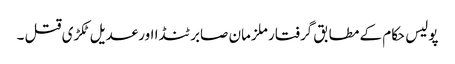
پولیس حکام کے مطابق گرفتار ملزمان صابر ٹنڈا اورعدیل ٹکڑی قتل ۔